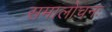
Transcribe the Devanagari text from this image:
समालोचनः